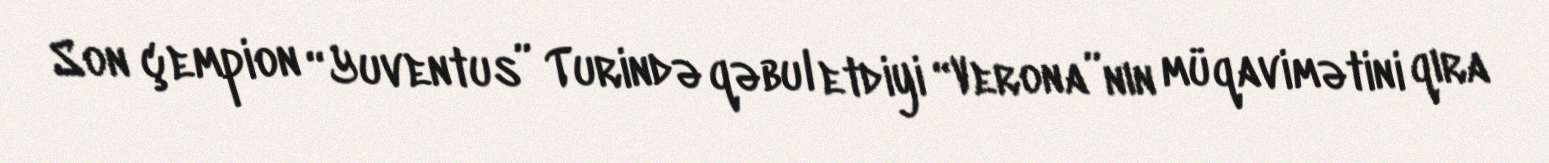
Son çempion “Yuventus” Turində qəbul etdiyi “Verona”nın müqavimətini qıra